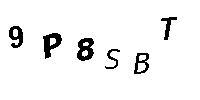
9P8SBT